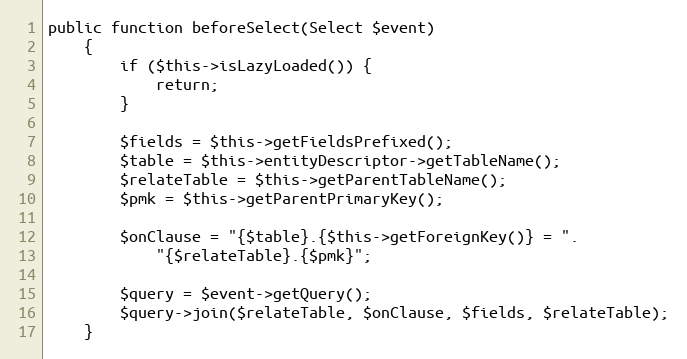
Language: PHP
public function beforeSelect(Select $event)
    {
        if ($this->isLazyLoaded()) {
            return;
        }

        $fields = $this->getFieldsPrefixed();
        $table = $this->entityDescriptor->getTableName();
        $relateTable = $this->getParentTableName();
        $pmk = $this->getParentPrimaryKey();

        $onClause = "{$table}.{$this->getForeignKey()} = ".
            "{$relateTable}.{$pmk}";

        $query = $event->getQuery();
        $query->join($relateTable, $onClause, $fields, $relateTable);
    }